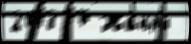
2013 17 Жа́нры